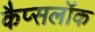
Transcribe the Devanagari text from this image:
कैप्सलॉक